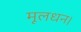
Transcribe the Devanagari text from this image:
मूलधन।